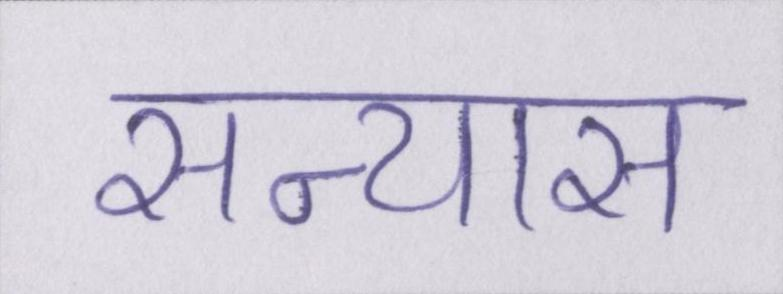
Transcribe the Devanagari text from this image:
सन्यास